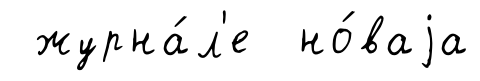
журна́л'е но́ваjа